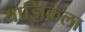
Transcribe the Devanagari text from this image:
याज्ञिकला